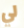
لي